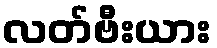
လတ်ဗီးယား